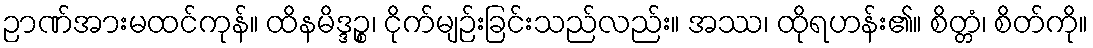
ဉာဏ်အားမထင်ကုန်။ ထိနမိဒ္ဒဉ္စ၊ ငိုက်မျဉ်းခြင်းသည်လည်း။ အဿ၊ ထိုရဟန်း၏။ စိတ္တံ၊ စိတ်ကို။